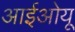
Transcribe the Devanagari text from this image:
आईओयू